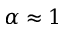
\alpha \approx 1